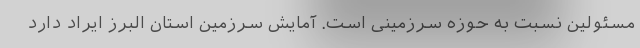
مسئولین نسبت به حوزه سرزمینی است. آمایش سرزمین استان البرز ایراد دارد